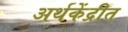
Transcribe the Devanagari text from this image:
अर्थकेंद्रीत